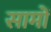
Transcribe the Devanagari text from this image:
सामों